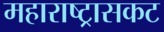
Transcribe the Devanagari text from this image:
महाराष्ट्रासकट